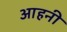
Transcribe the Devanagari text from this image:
आहनी